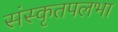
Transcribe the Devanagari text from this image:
संस्कृतपलभा